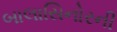
બાલાસિનોરની